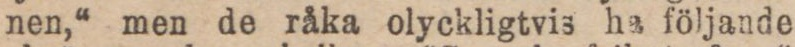
nen,“ men de råka olyckligtvis ha följande